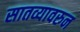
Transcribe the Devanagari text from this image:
सातव्यावरुन